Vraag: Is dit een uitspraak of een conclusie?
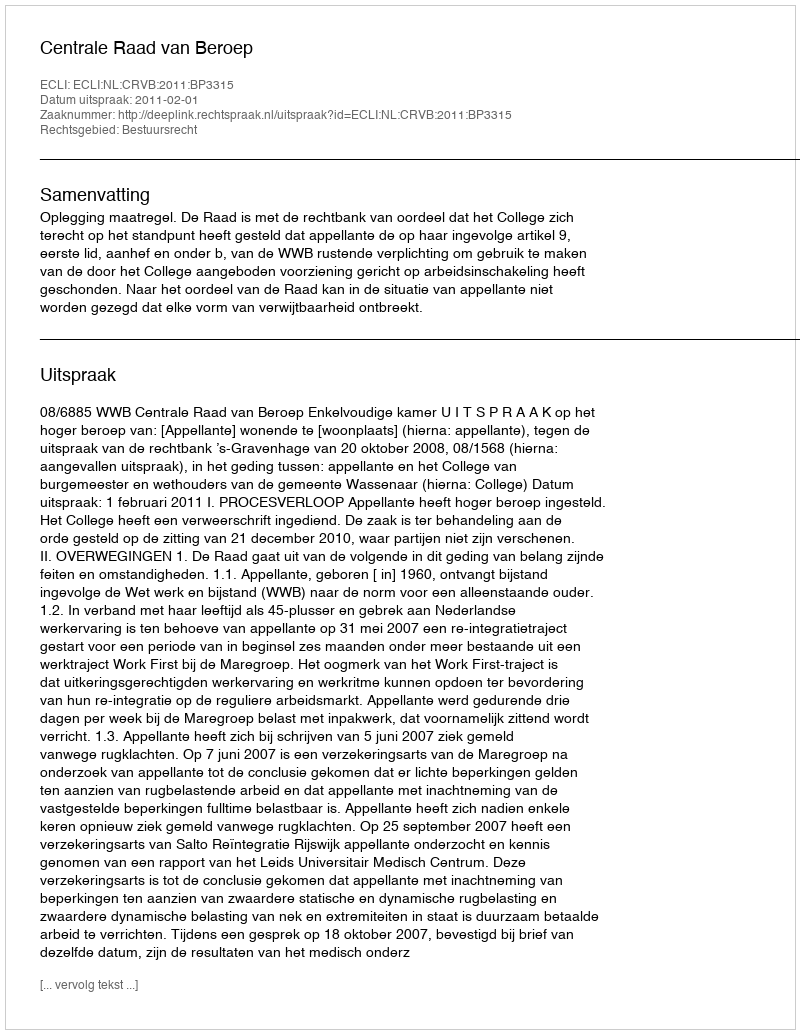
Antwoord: Uitspraak